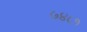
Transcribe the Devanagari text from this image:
७४८१